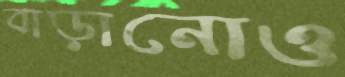
বাড়ানোও